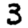
Digit: 3